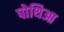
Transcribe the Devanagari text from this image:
पोथिआ